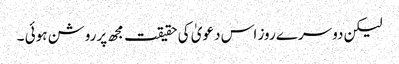
لیکن دوسرے روز اس دعویٰ کی حقیقت مجھ پرروشن ہوئی ۔